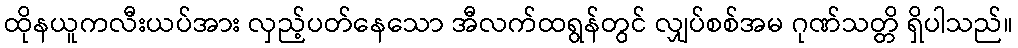
ထိုနယူကလီးယပ်အား လှည့်ပတ်နေသော အီလက်ထရွန်တွင် လျှပ်စစ်အမ ဂုဏ်သတ္တိ ရှိပါသည်။